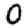
Digit: 0